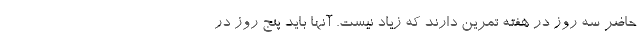
حاضر سه روز در هفته تمرین دارند که زیاد نیست. آنها باید پنج روز در